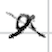
Text: a
Cross-out: cross
Writing tool: digital_black